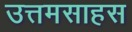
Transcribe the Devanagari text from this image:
उत्तमसाहस